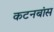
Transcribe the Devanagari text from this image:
कटनबांस